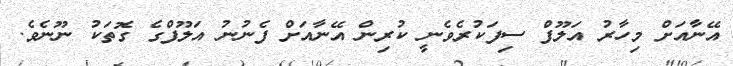
އޭނާއަށް މިހާރު އަލޫފް ސިފަކުރެވެނީ ކުރިން އޭނާއަށް ފެނުނު އަލޫފްގެ ގޮތަކު ނޫނެވެ.